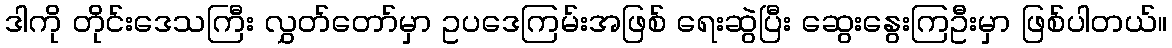
ဒါကို တိုင်းဒေသကြီး လွှတ်တော်မှာ ဥပဒေကြမ်းအဖြစ် ရေးဆွဲပြီး ဆွေးနွေးကြဦးမှာ ဖြစ်ပါတယ်။